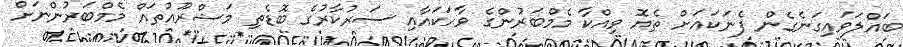
ބައްލަވައިގަނެގެން ފެނަކައަށް ތެޔޮ ވިއްކާ މެމްބަރުންގެ ވާހަކައާއި ސަރުކާރުގެ ބޮޑެތި މަޝްރޫއުތައް މެމްބަރުންނަށް